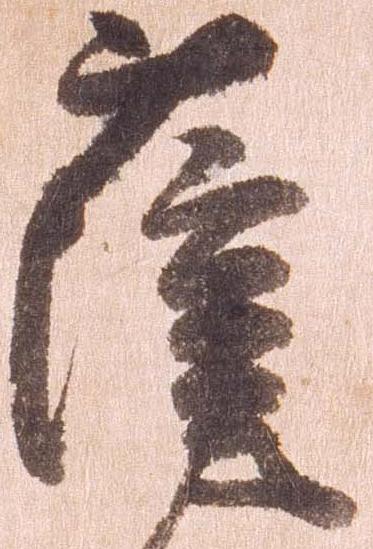
薩